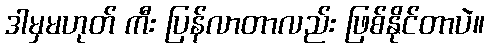
ဒါမှမဟုတ် ကီး ပြန်လာတာလည်း ဖြစ်နိုင်တာပဲ။